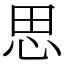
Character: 思